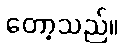
တော့သည်။